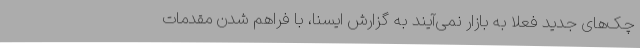
چک‌های جدید فعلا به بازار نمی‌آیند به گزارش ایسنا، با فراهم شدن مقدمات